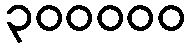
၃၀၀၀၀၀